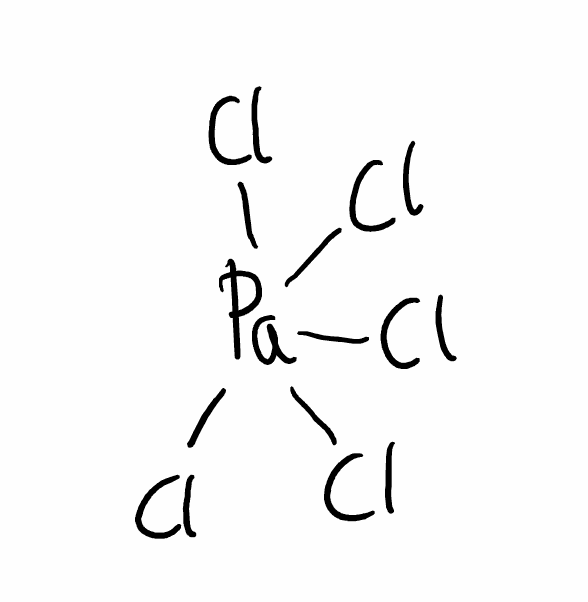
Simplified molecular-input line-entry system (SMILES) notation of the given molecule:
Cl[Pa](Cl)(Cl)(Cl)Cl